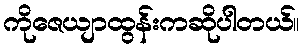
ကိုဇေယျာထွန်းကဆိုပါတယ်။